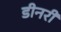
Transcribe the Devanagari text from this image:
डीनरी